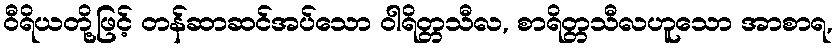
ဝီရိယတို့ဖြင့် တန်ဆာဆင်အပ်သော ဝါရိတ္တသီလ, စာရိတ္တသီလဟူသော အာစာရ,